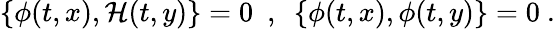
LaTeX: \{ \phi(t,x),{\cal H}(t,y)\} =0\ \ ,\ \ \{ \phi(t,x),\phi(t,y)\} =0\ .